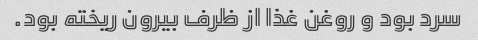
سرد بود و روغن غذا از ظرف بیرون ریخته بود.